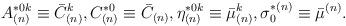
LaTeX: \begin{align*}A^{*0k}_{(n)}\equiv \bar C^{k}_{(n)}, C_{(n)}^{*0}\equiv \bar C_{(n)}, \eta ^{*0k}_{(n)}\equiv \bar \mu ^k_{(n)} , \sigma _0^{*(n)}\equiv \bar \mu ^{(n)} .\end{align*}